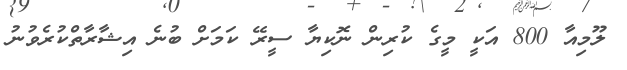
ލޫމިއާ 800 އަކީ މީގެ ކުރިން ނޮކިޔާ ސީރޭ ކަމަށް ބުނެ އިޝާރާތްކުރެވުނު